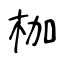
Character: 枷